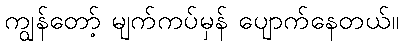
ကျွန်တော့် မျက်ကပ်မှန် ပျောက်နေတယ်။